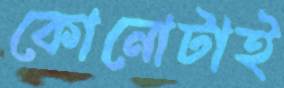
কোনোটাই